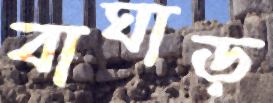
বাঘাড়